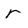
Character: r